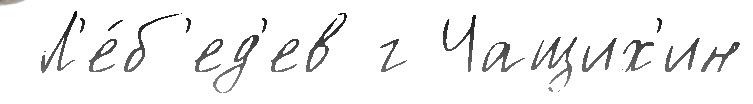
 Л'е́б'ед'ев г Чащих'ин